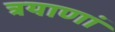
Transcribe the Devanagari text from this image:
त्रयाणां